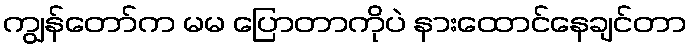
ကျွန်တော်က မမ ပြောတာကိုပဲ နားထောင်နေချင်တာ